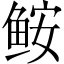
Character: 𩽾